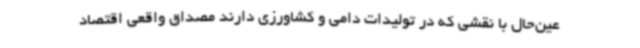
عین‌حال با نقشی که در تولیدات دامی و کشاورزی دارند مصداق واقعی اقتصاد